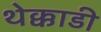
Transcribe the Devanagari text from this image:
थेक्काडी